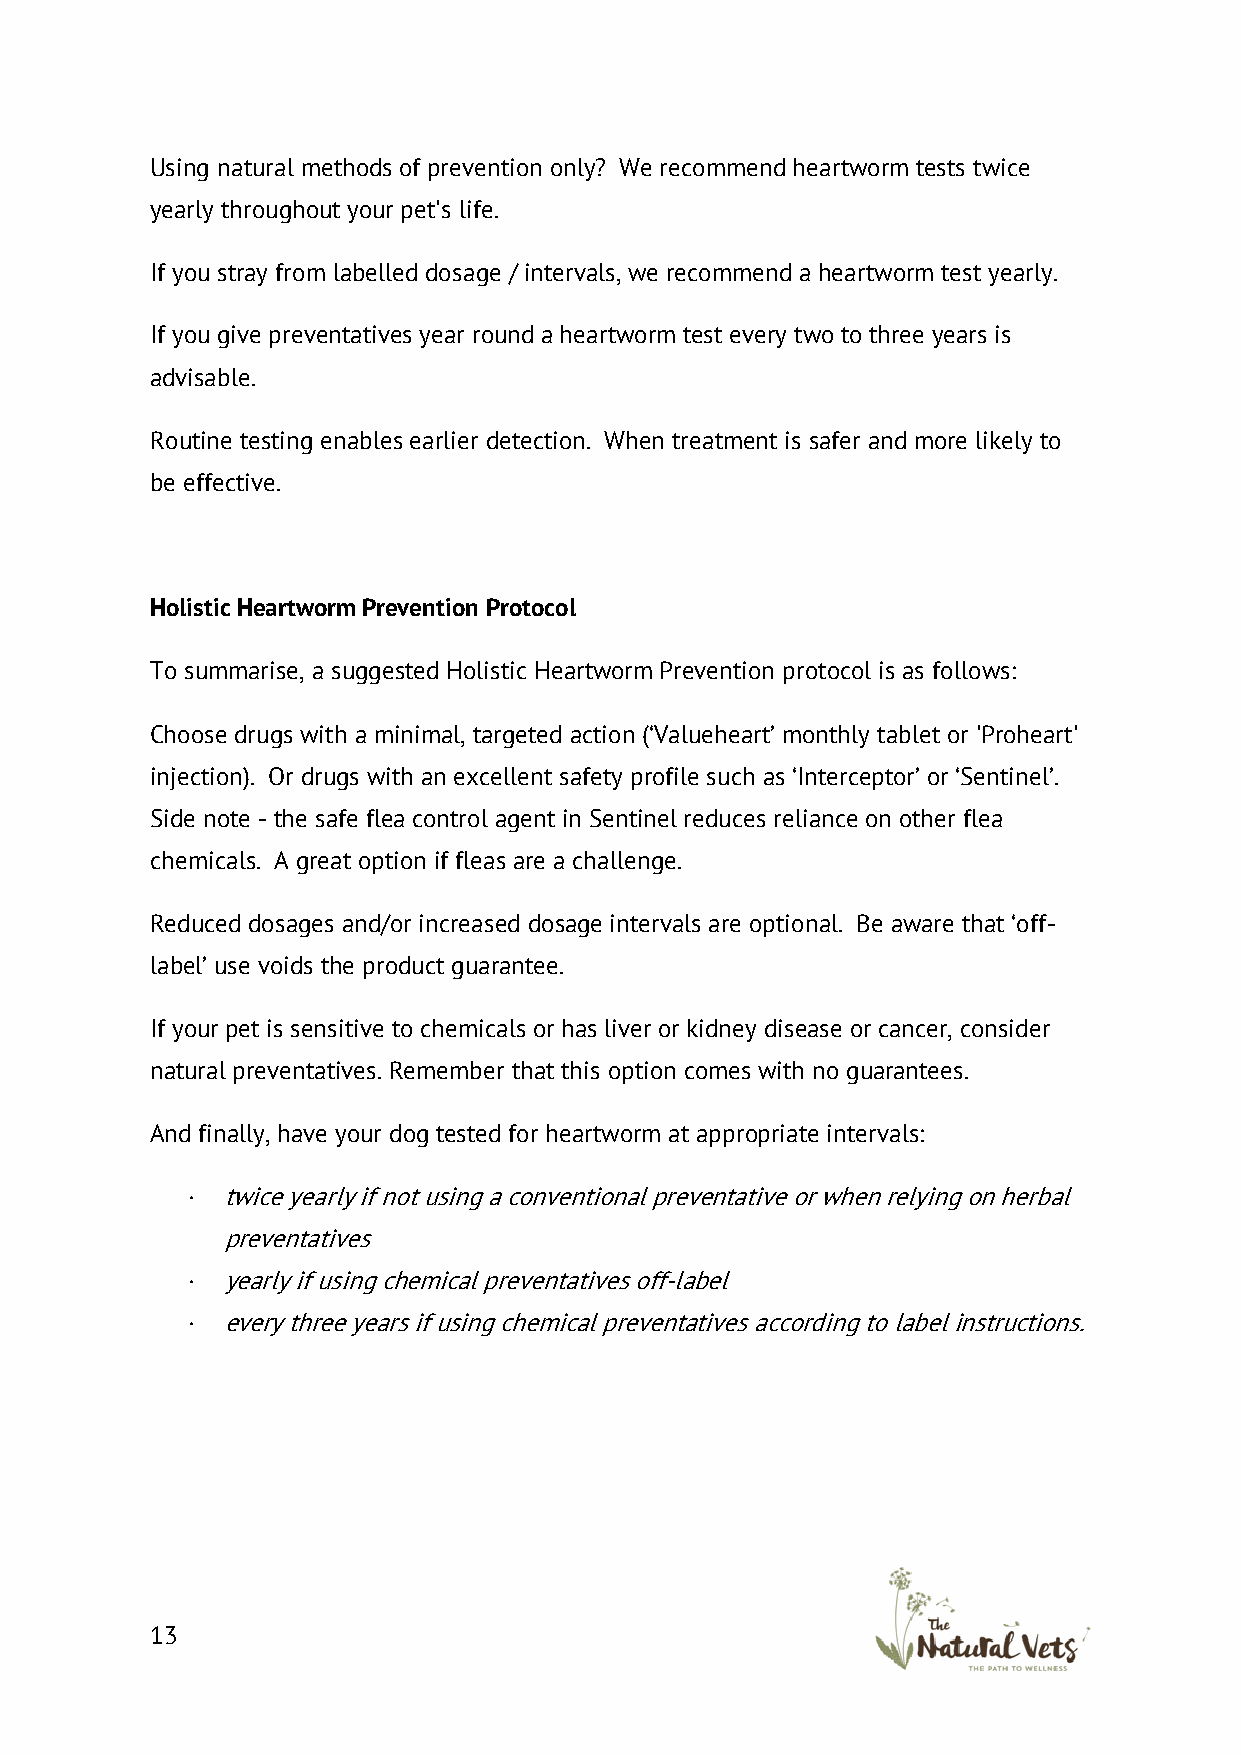
Using natural methods of prevention only? We recommend heartworm tests twice
 yearly throughout your pet's life.
 If you stray from labelled dosage / intervals, we recommend a heartworm test yearly.
 If you give preventatives year round a heartworm test every two to three years is
 advisable.
 Routine testing enables earlier detection. When treatment is safer and more likely to
 be effective.
 Holistic Heartworm Prevention Protocol
 To summarise, a suggested Holistic Heartworm Prevention protocol is as follows:
 Choose drugs with a minimal, targeted action (‘Valueheart’ monthly tablet or 'Proheart'
 injection). Or drugs with an excellent safety profile such as ‘Interceptor’ or ‘Sentinel’.
 Side note - the safe flea control agent in Sentinel reduces reliance on other flea
 chemicals. A great option if fleas are a challenge.
 Reduced dosages and/or increased dosage intervals are optional. Be aware that ‘off-
 label’ use voids the product guarantee.
 If your pet is sensitive to chemicals or has liver or kidney disease or cancer, consider
 natural preventatives. Remember that this option comes with no guarantees.
 And finally, have your dog tested for heartworm at appropriate intervals:
 ·  twice yearly if not using a conventional preventative or when relying on herbal
 preventatives
 ·  yearly if using chemical preventatives off-label
 ·  every three years if using chemical preventatives according to label instructions.
 13